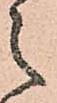
之